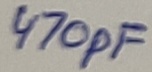
Text: 470pF